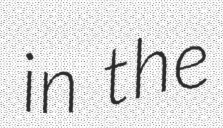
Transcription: in the